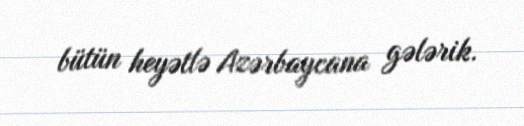
bütün heyətlə Azərbaycana gələrik.